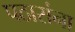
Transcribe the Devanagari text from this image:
पठारांना